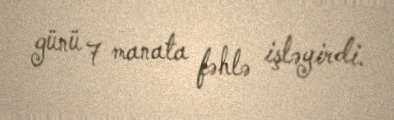
günü 7 manata fəhlə işləyirdi.